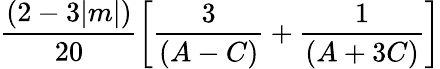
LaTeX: \frac{(2-3|m|)}{20}\left[\frac{3}{(A-C)}+\frac{1}{(A+3C)}\right]